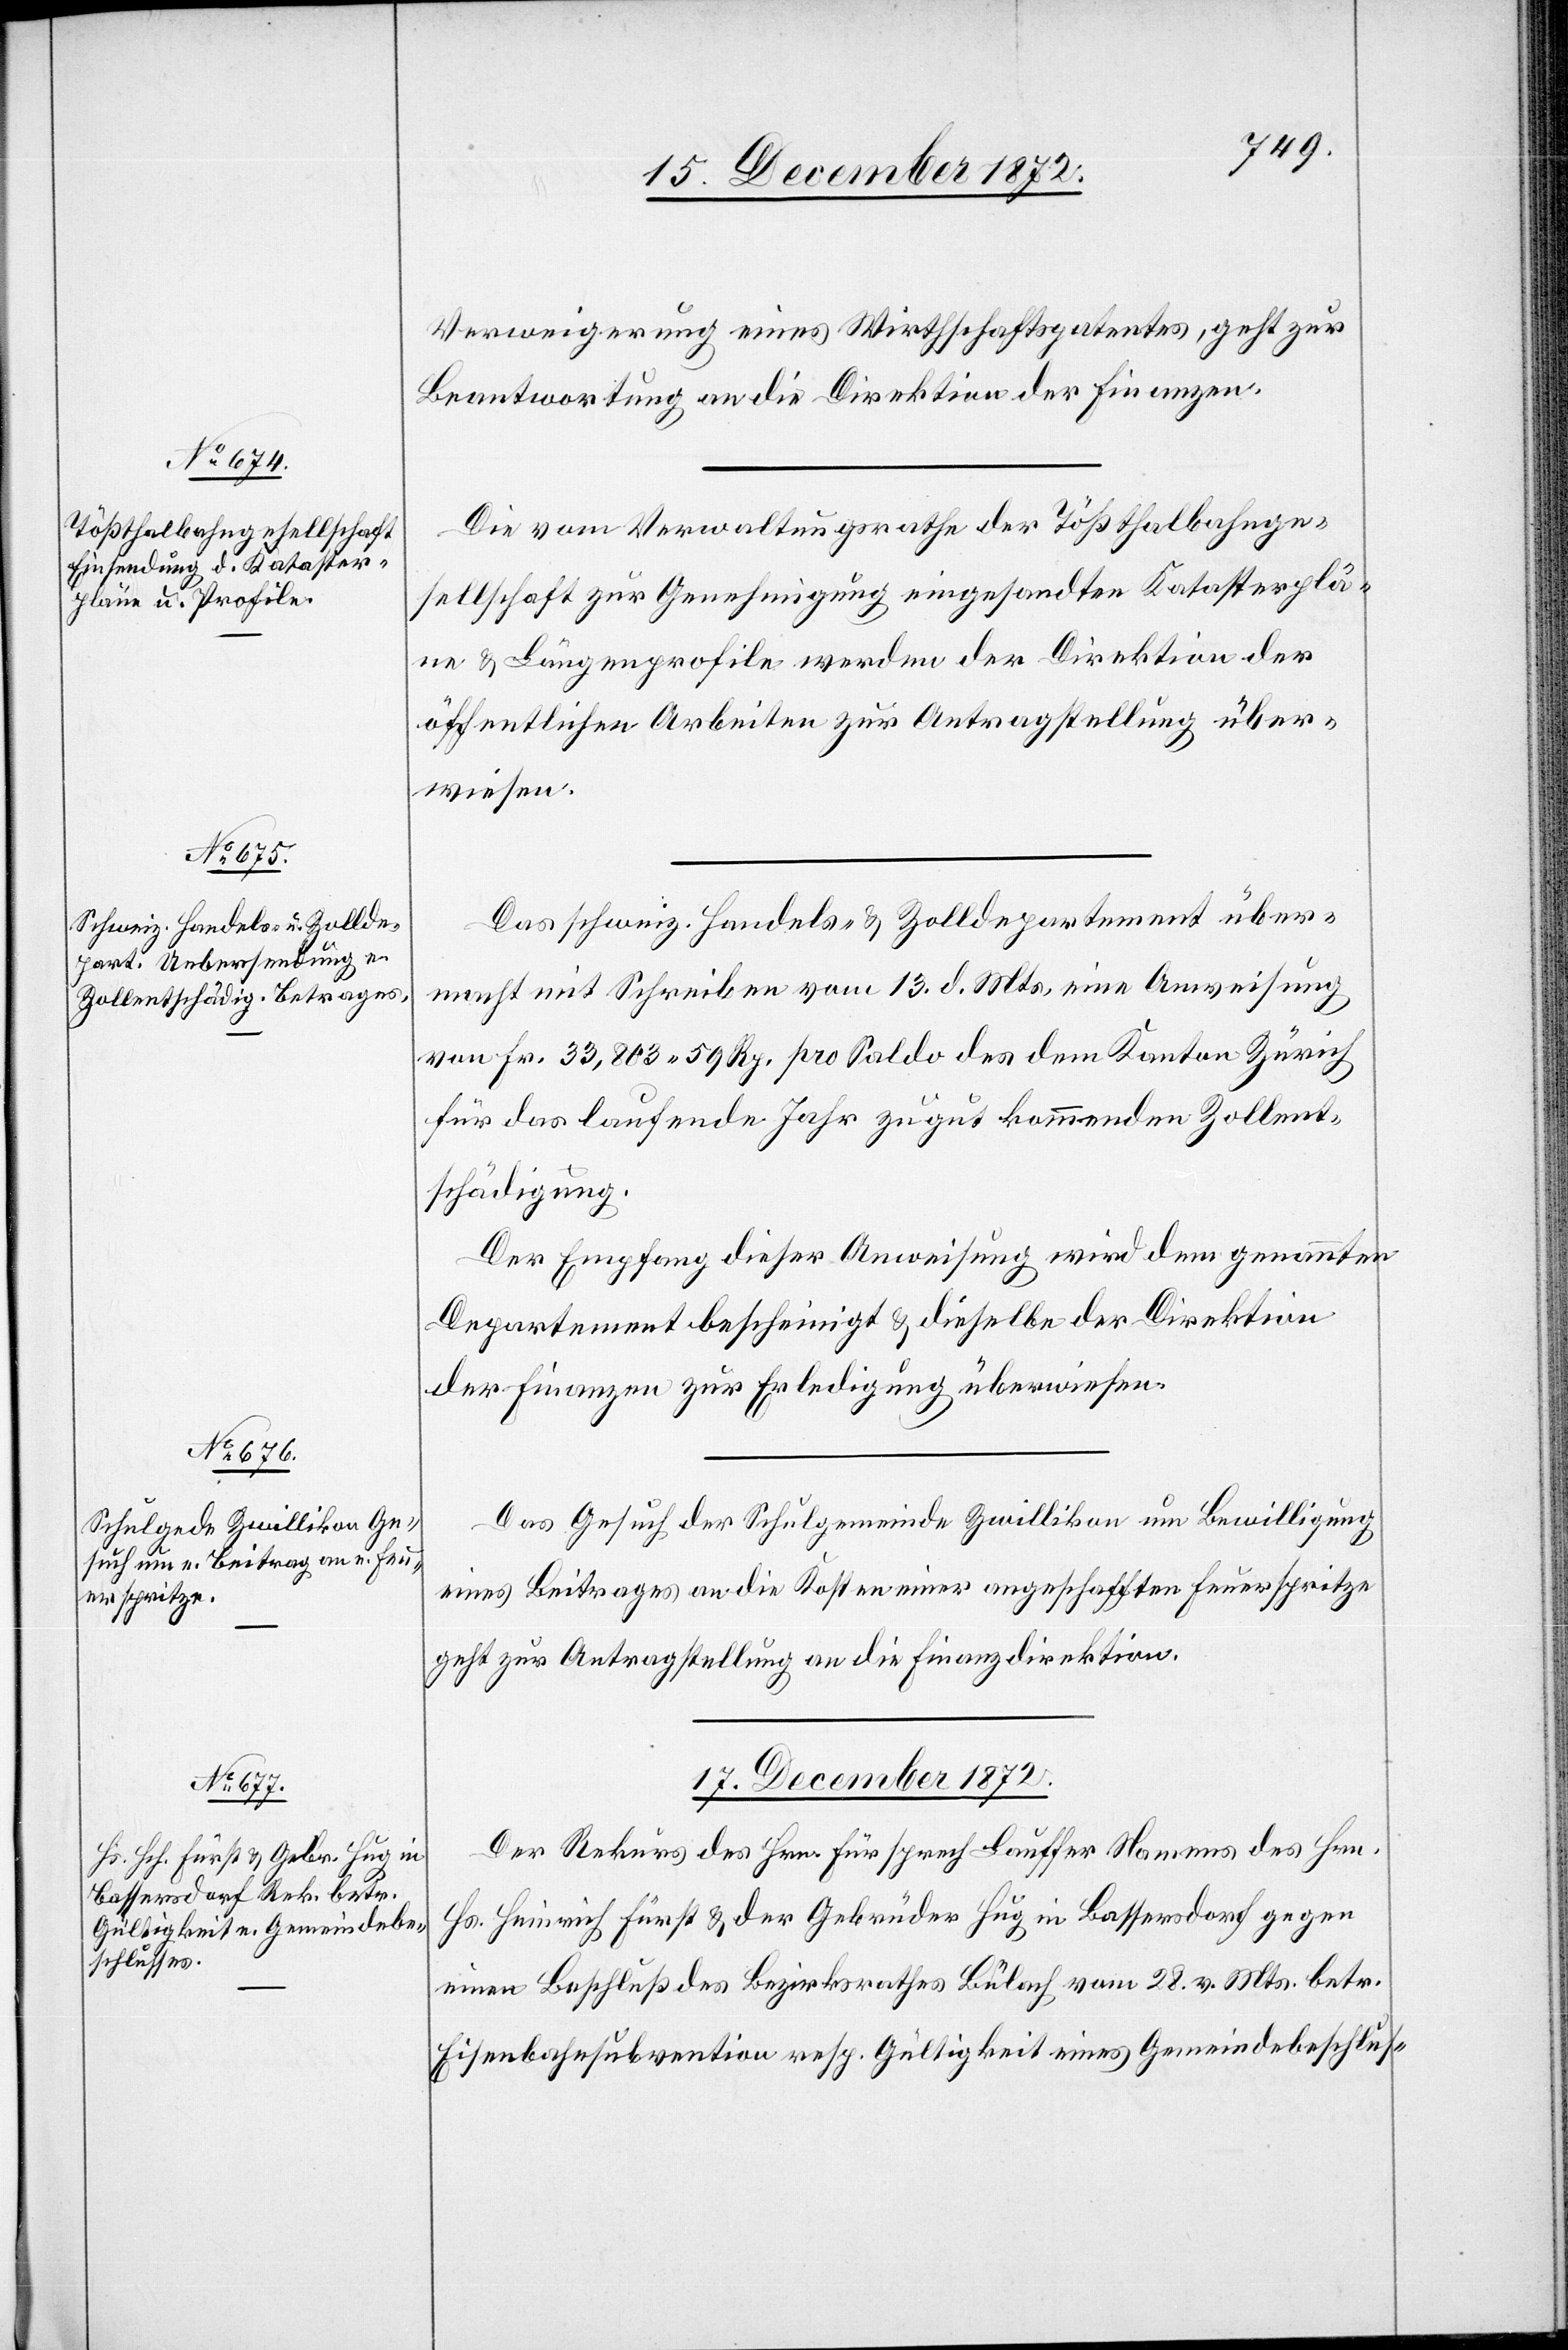
Verweigerung eines Wirthschaftspatentes, geht zur
Beantwortung an die Direktion der Finanzen.
Die vom Verwaltungsrathe der Tößthalbahnge¬
sellschaft zur Genehmigung eingesandte Katasterplä¬
ne u. Längenprofile werden der Direktion der
öffentlichen Arbeiten zur Antragstellung über¬
wiesen.
Das schweiz. Handels- u. Zolldepartement über¬
macht mit Schreiben vom 13. d. Mts. eine Anweisung
von Fr. 33,803 59 Rp. pro Saldo der dem Kanton Zürich
für das laufende Jahr zu gut kommenden Zollent¬
schädigung.
Der Empfang dieser Anweisung wird dem genannten
Departement bescheinigt u. dieselbe der Direktion
der Finanzen zur Erledigung überwiesen.
Das Gesuch der Schulgemeinde Zwillikon um Bewilligung
eines Beitrages an die Kosten einer angeschafften Feuerspritze
geht zur Antragstellung an die Finanzdirektion.
17. December 1872.
Der Rekurs des Hrn. Fürsprech Lauffer Namens des Hrn.
Hs. Heinrich Fürst u. der Gebrüder Hug in Bassersdorf gegen
einen Beschluß des Bezirksrathes Bülach vom 28. v. Mts. betr.
Eisenbahnsubvention resp. Gültigkeit eines Gemeindebeschlus-